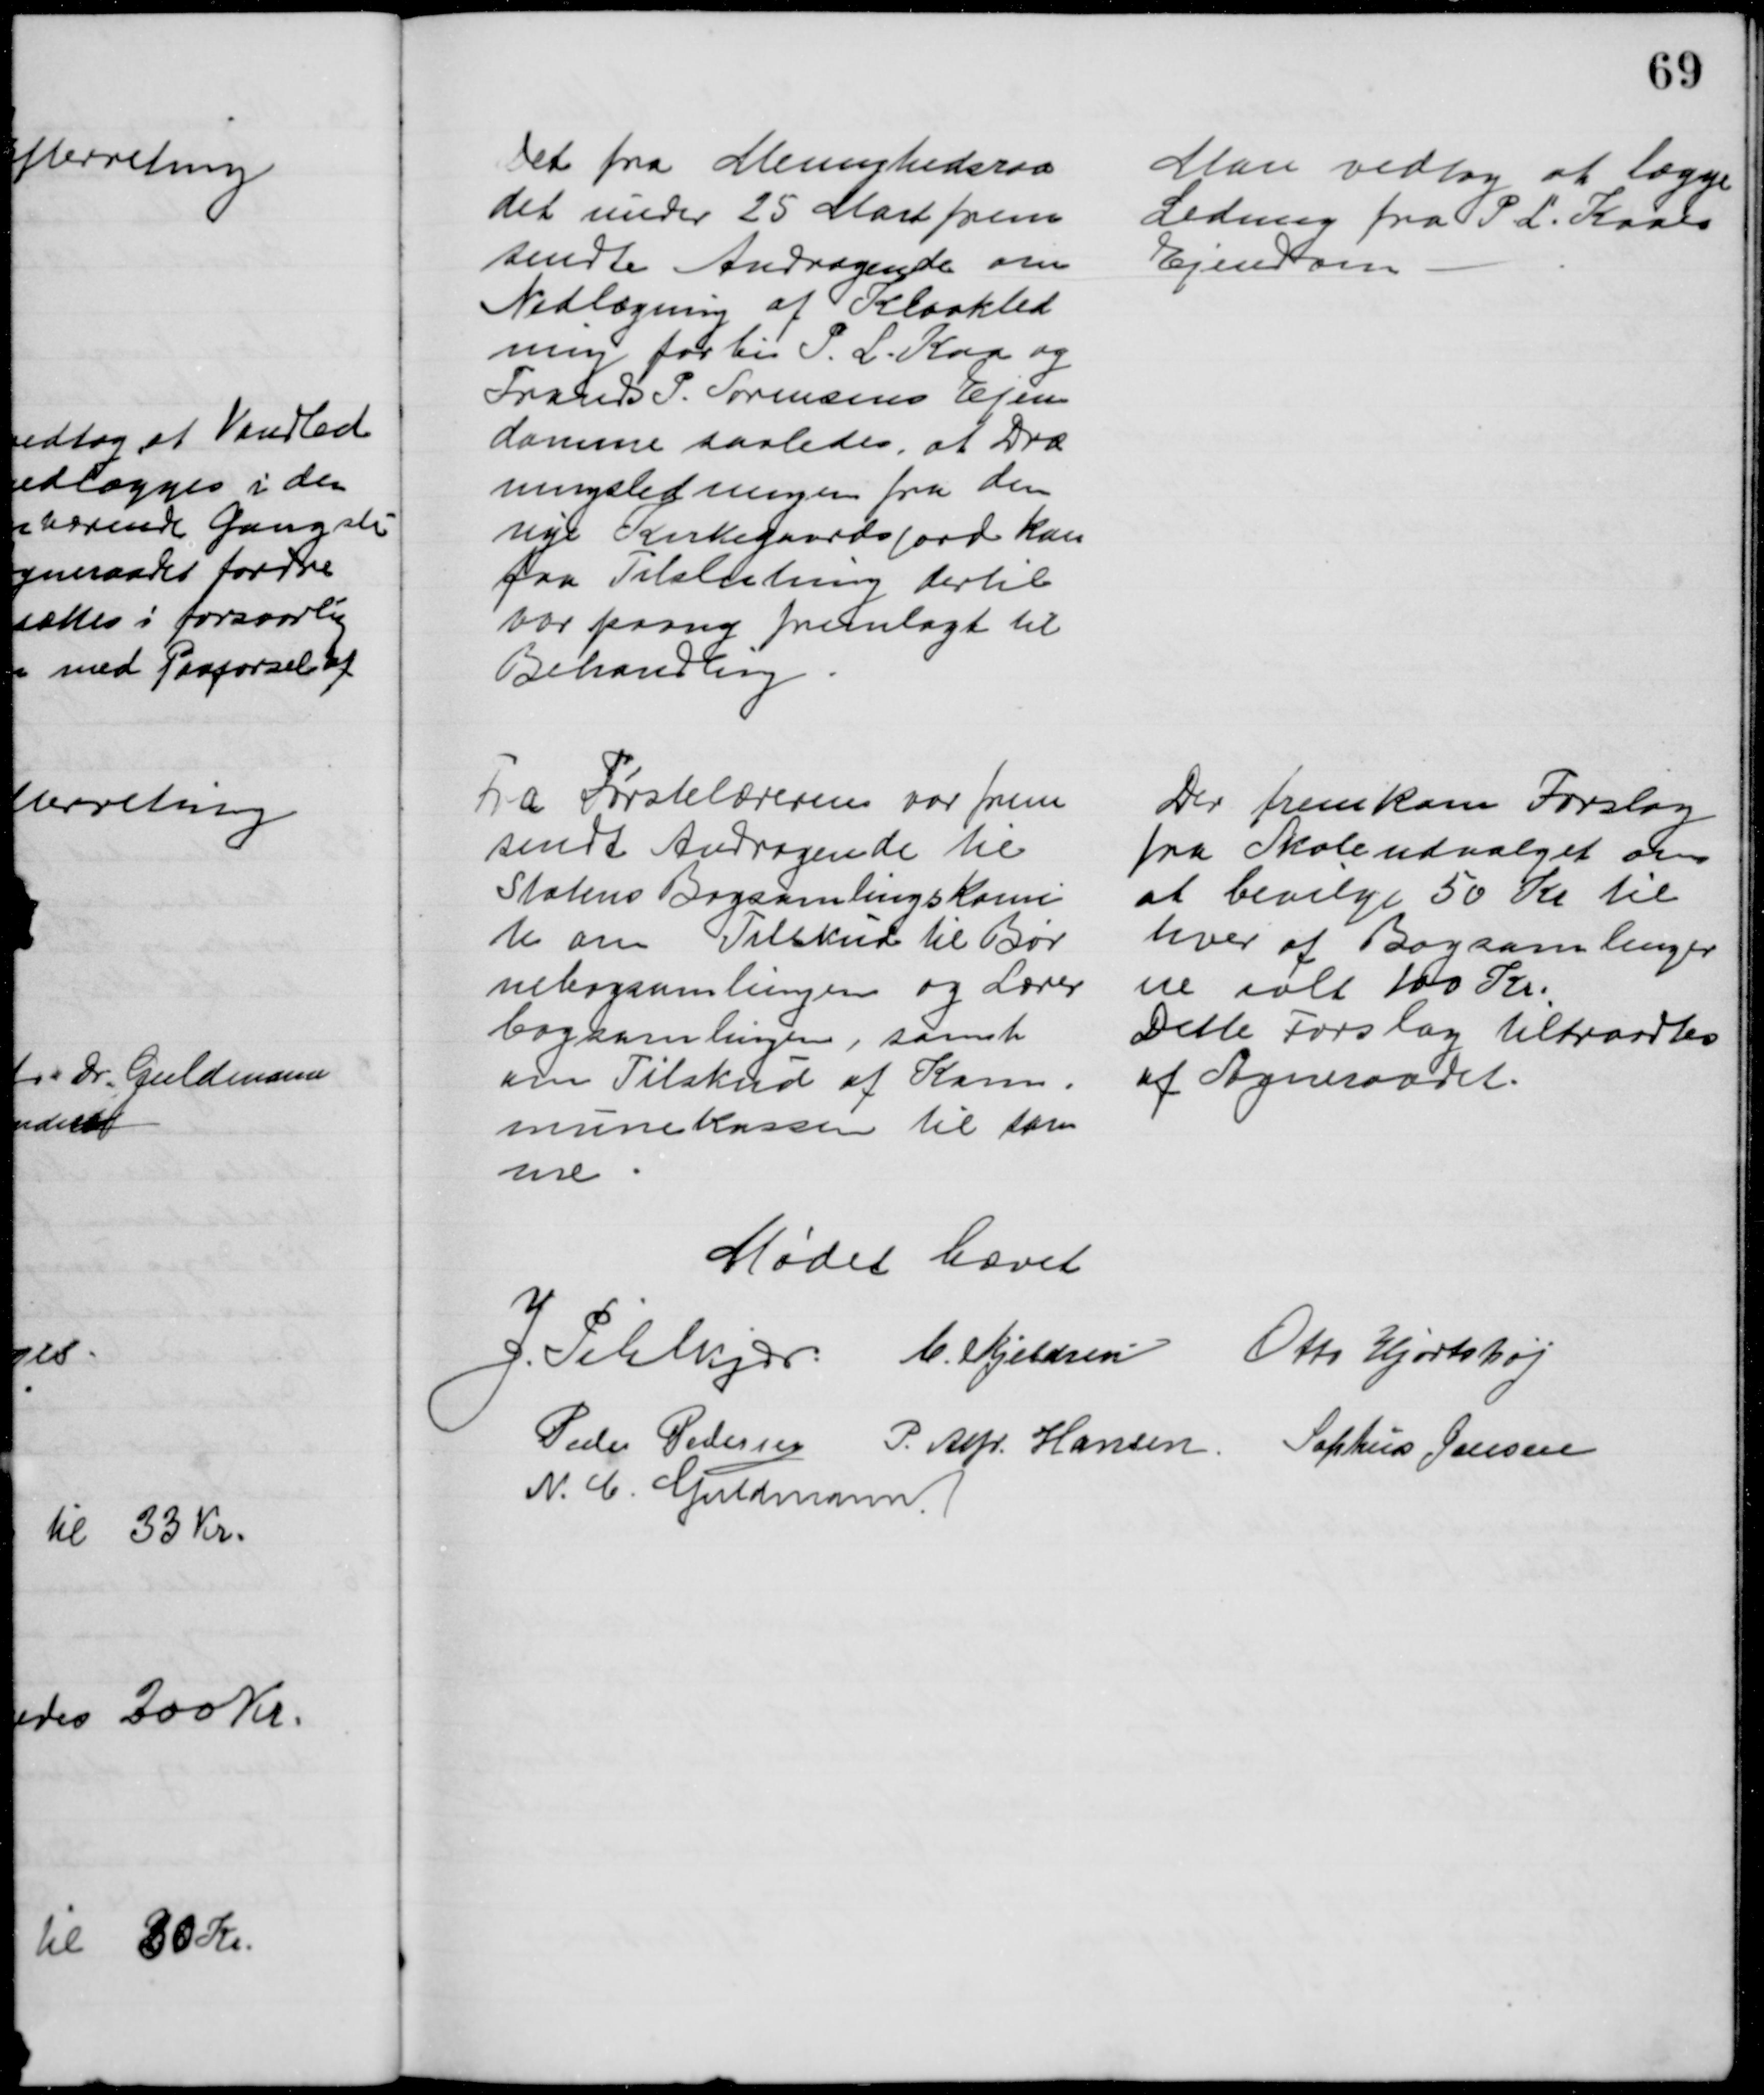
Transskription:
Det fra Menighedsraa
det under 25 Mart frem
sendte Andragende om
Nedlægning af Kloakled
ning forbi P. L. Kaa og
Frands P. Sørensens Ejen
domme saaledes, at Dræ
ningsledningen fra den 
nye Kirkegaardsjord kan
faa Tilslutning dertil
var paany fremlagt til
Behandling
Man vedtog at lægge
Ledning fra P. L. Kaaes
Ejendom
Fra Førstelæreren var frem
sendt Andragende til
Statens Bogsamlingskomi
te om Tilskud til Bør
nebogsamlingen og Lærer
bogsamlingen, samt
om Tilskud af Kom-
munekassen til sam
me
Der fremkom Forslag
fra Skoleudvalget om
at bevilge 50 Kr til
hver af Bogsamlinger
ne ialt 100 Kr.
Dette Forslag tiltraadtes 
af Sogneraadet.
Mødet hævet
J. Pihlkjær C. Kjeldsen Otto Hjortshøj
Peder Pedersen P. Alfr. Hansen Sophus Jensen
N. C. Guldmann.